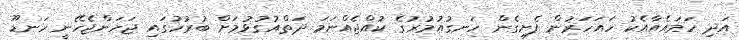
އަދި ހަމައެއާއެކު ހައަހަރުން ފެށިގެން ހަނގުއުމުރުގެ ކުއްޖެއްނަމަ ދަތްއުގުޅުމަށް ބުރުހުގައި ޖަހަންޖެހޭނީ ހަނޑޫ